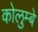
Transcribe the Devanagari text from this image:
कोलुम्बे